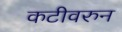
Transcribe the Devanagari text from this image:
कटीवरुन